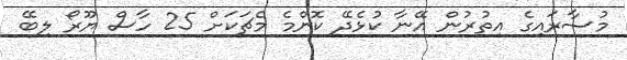
މުސާރައިގެ އިތުރުން އޭނާ ކުޅެދޭ ކޮންމެ މެޗަކަށް 25 ހާސް ޔޫރޯ ލިބޭ